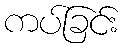
ကပ်ခြင်း